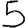
Digit: 5